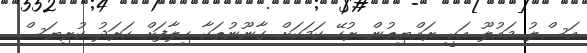
އަސްލު މައުލޫ އަކީ ރައްޔިތުން ރުހޭ ކަމަކަށް ގާނޫނުތަކާ ހިލާފަށް ހަރަދު ކުރިޔަސް